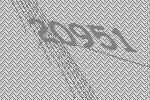
20951